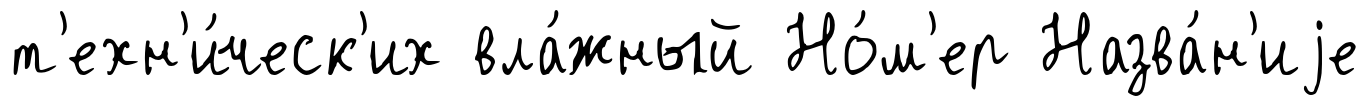
т'ехн'и́ческ'их вла́жный Но́м'ер Назва́н'иjе